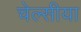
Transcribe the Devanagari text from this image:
चेल्सीया